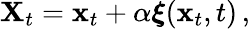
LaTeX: {\mathbf{X}}_{t}={\mathbf{x}}_{t}+\alpha\boldsymbol{\xi}({\mathbf{x}}_{t},t)\, ,